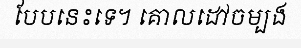
បែបនេះទេ។ គោលដៅចម្បង